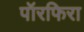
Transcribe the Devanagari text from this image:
पॉरफिरा